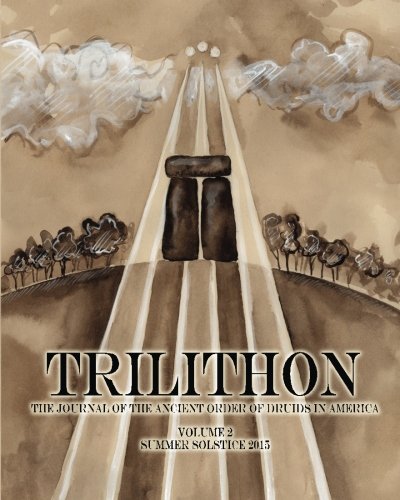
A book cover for Trilithon: The Journal of the Ancient Order of Druids in America: Volume II (Volume 2); Ancient Order of Druids in America; Religion & Spirituality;